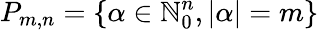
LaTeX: P_{m,n}=\{ \alpha\in\mathbb{N}_{0}^{n},|\alpha|=m\}